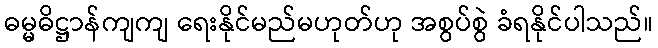
ဓမ္မဓိဋ္ဌာန်ကျကျ ရေးနိုင်မည်မဟုတ်ဟု အစွပ်စွဲ ခံရနိုင်ပါသည်။